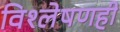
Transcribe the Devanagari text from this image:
विश्‍लेषणही